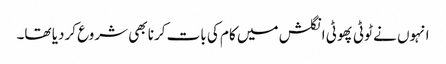
انہوں نے ٹوٹی پھوٹی انگلش میں کام کی بات کرنا بھی شروع کردیا تھا۔